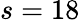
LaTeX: s=18